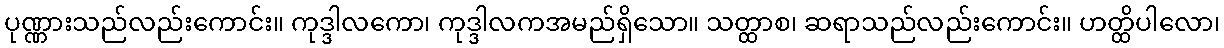
ပုဏ္ဏားသည်လည်းကောင်း။ ကုဒ္ဒါလကော၊ ကုဒ္ဒါလကအမည်ရှိသော။ သတ္ထာစ၊ ဆရာသည်လည်းကောင်း။ ဟတ္ထိပါလော၊